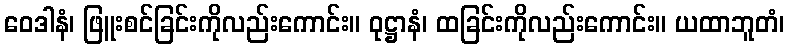
ဝေဒါနံ၊ ဖြူးစင်ခြင်းကိုလည်းကောင်း။ ဝုဋ္ဌာနံ၊ ထခြင်းကိုလည်းကောင်း။ ယထာဘူတံ၊